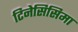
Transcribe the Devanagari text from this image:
टिनेसिसिमा